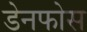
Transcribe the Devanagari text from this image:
डेनफोस